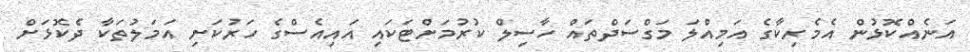
އަނެއްކޮޅުން އެމެރިކާގެ އަމިއްލަ މަގްސަދްތައް ހާސިލް ކުރުމަށްޓަކައި އައިއެސްގެ ހަރުކަށި އަމަލުތަކާ ދެކޮޅަށް